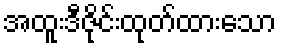
အထူးဒီဇိုင်းထုတ်ထားသော